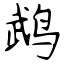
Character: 鹉